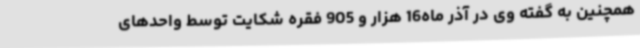
همچنین به گفته وی در آذر ماه16 هزار و 905 فقره شکایت توسط واحدهای